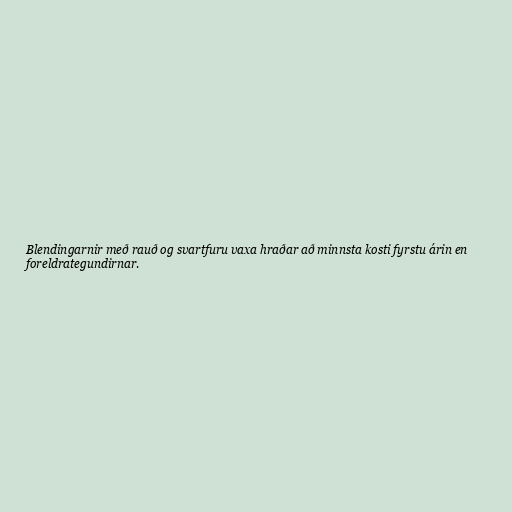
Blendingarnir með rauð og svartfuru vaxa hraðar að minnsta kosti fyrstu árin en
foreldrategundirnar.